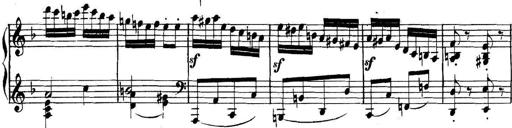
Title: Collected Piano Sonatas
Composer: Muzio Clementi